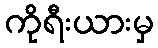
ကိုရီးယားမှ